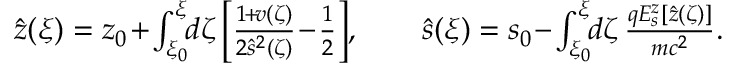
\begin{array} { r } { \hat { z } ( \xi ) = z _ { 0 } \! + \! \int _ { \xi _ { 0 } } ^ { \xi } \! \! d \zeta \left[ \frac { 1 \! + \! v ( \zeta ) } { 2 \hat { s } ^ { 2 } ( \zeta ) } \! - \! \frac 1 2 \right] \! , \qquad \hat { s } ( \xi ) = s _ { 0 } \! - \! \int _ { \xi _ { 0 } } ^ { \xi } \! \! d \zeta \, \frac { q E _ { s } ^ { z } [ \hat { z } ( \zeta ) ] } { m c ^ { 2 } } . } \end{array}